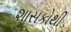
શાસકોથી